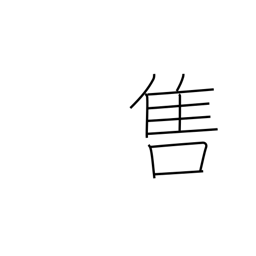
Meaning: be popular